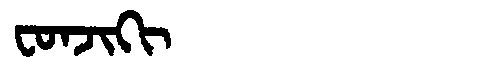
Manchu: ᠸᠣᠨᠵᡳᡴᡳ
Romanization: FONJIKI